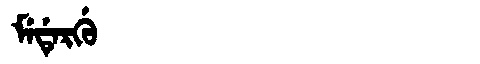
Manchu: ᠮᡝᡩᡝᡵᡤᡠ
Romanization: MEDERGU